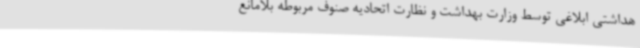
هداشتی ابلاغی توسط وزارت بهداشت و نظارت اتحادیه صنوف مربوطه بلامانع